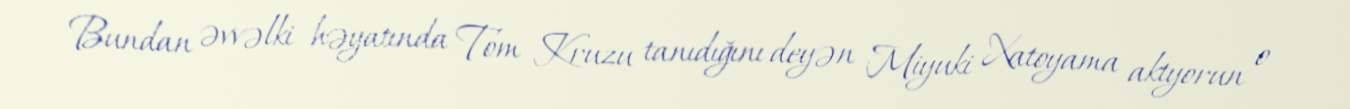
Bundan əvvəlki həyatında Tom Kruzu tanıdığını deyən Miyuki Xatoyama aktyorun o